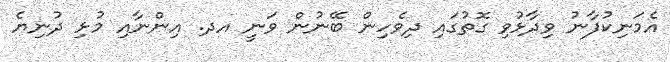
އެމަނިކުފާނު ވިދާޅުވި ގޮތުގައި ދިވެހިން ބޭނުން ވަނީ އދ. އިންނާއި މުޅި ދުނިޔެ